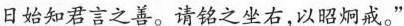
日始知君言之善。请铭之坐右，以昭炯戒。“